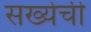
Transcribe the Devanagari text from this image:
सख्येची